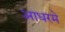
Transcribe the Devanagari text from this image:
आधरमे